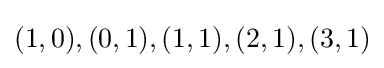
(1,0),(0,1),(1,1),(2,1),(3,1)